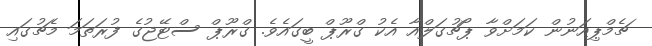
ޗެމްޕިއަނުން ކަމަށްވާ ޕޯޗުގަލްއާ އެކު ގްރޫޕް ބީގައެވެ. ގްރޫޕް ސްޓޭޖުގެ ފުރަތަމަ މެޗުގައި